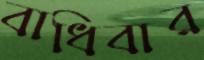
বাধিবার